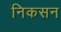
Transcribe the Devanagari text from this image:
निकसन